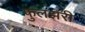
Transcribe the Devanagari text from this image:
फुलझरी